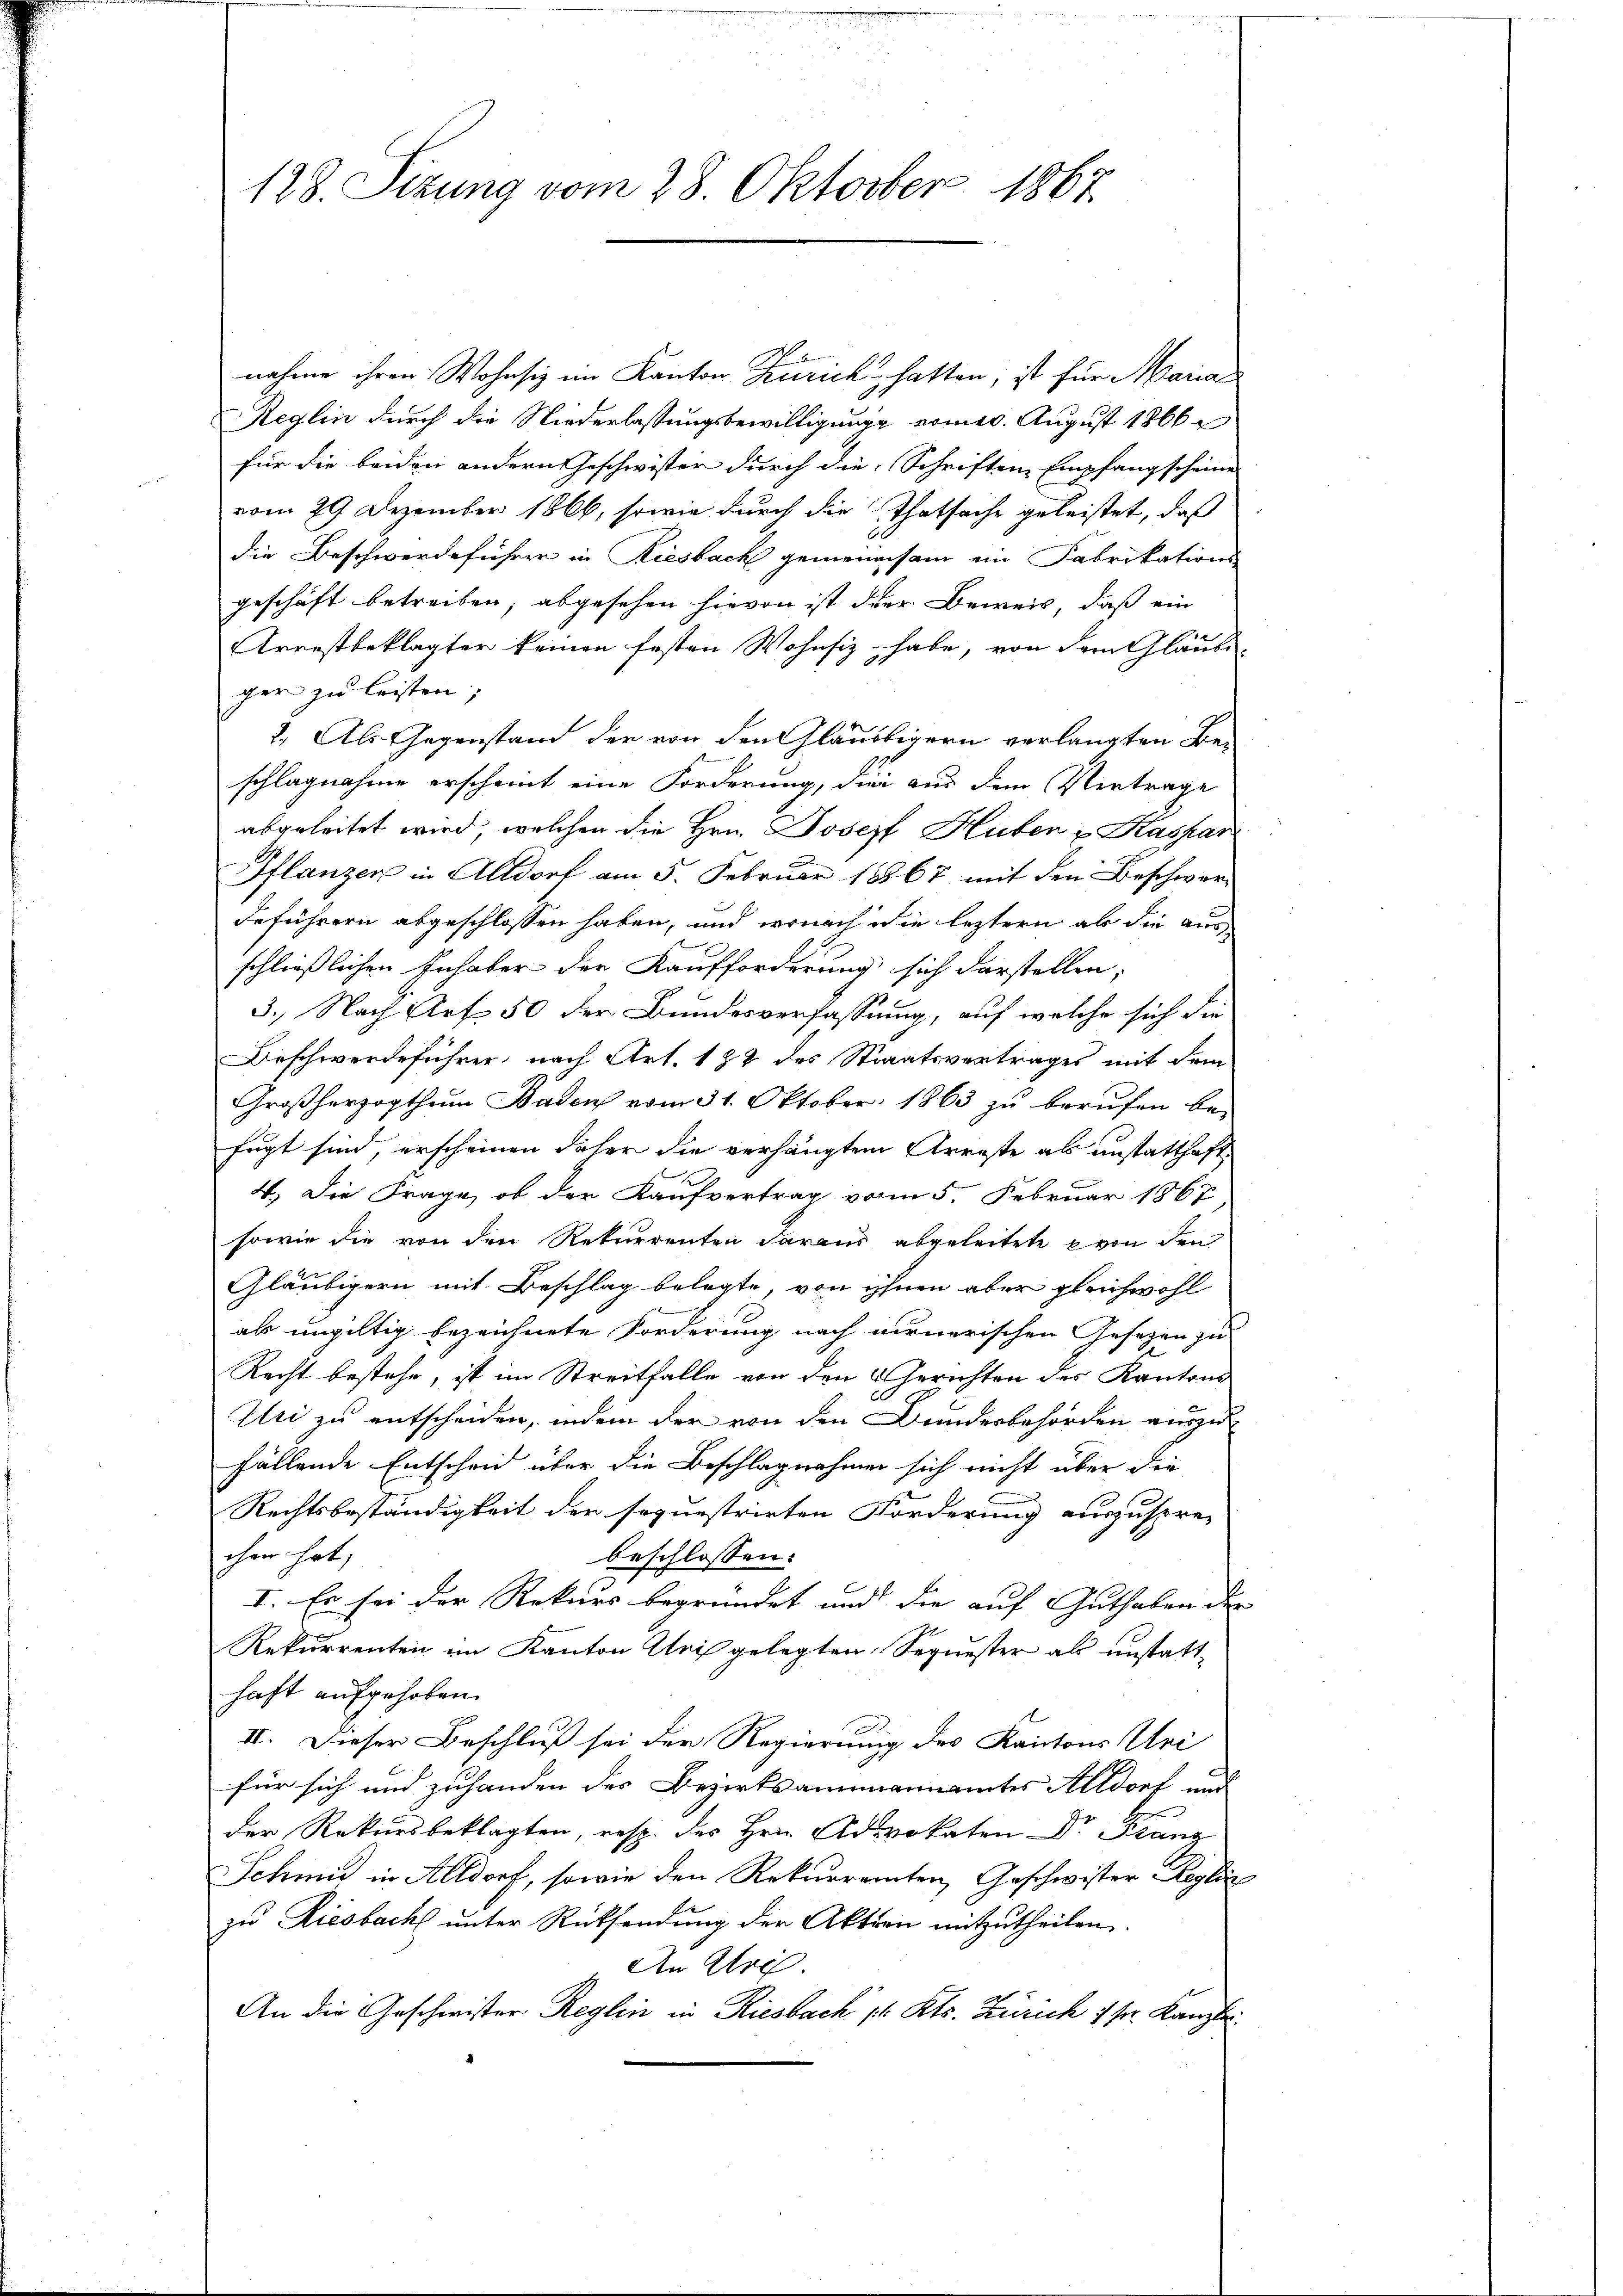
128. Sitzung vom 28. Oktober 1867

nahme ihren Wohnsiz im Kanton Zürich hatten, ist für Maria
Reglin durch die Niederlassungsbewilligung vome. August 1866
für die beiden andern Geschwister durch die Schriften Empfangscheine
vom 29. Dezember 1866, sowie durch die Thatsache geleistet, daß
die Beschwerdeführer in Riesbach gemeinsam ein Fabrikations-
geschäft betreiben, abgesehen hievon ist der Beweis, daß ein
Arrestbeklagter keinen festen Wohnsiz habe, von dem Glaube
ger zu leisten,
2. Als Gegenstand der von den Gläubigern verlangten Be-
schlagnahme erscheint eine Forderung, die aus dem Vertrage
abgeleitet wird, welchen die Hrn. Joseph Huber u. Kaspar
Pflanzen in Altdorf am 5. Februar 18867 mit den Beschwerdeführern abgeschlossen haben, und wonach die leztern als die ausschließlichen Inhaber der Kaufforderung sich darstellen;
3. Nach Art 50 der Bundesverfassung, auf welche sich die
Beschwerdeführer, nach Art. 182 des Staatsvertrages mit dem
Großherzogthum Baden vom 31. Oktober 1863 zu berufen be-
fügt sind, erscheinen daher die verhängtem Arreste als anstatthaft
4.) Die Frage, ob der Kaufvertrag vom 5. Februar 1867
sowie die von den Rekurrenten daraus abgeleitete von den
Gläubigern mit Beschlag belegte, von ihnen aber gleichwohl
als ungültig bezeichnete Forderung nach vernerischen Gesetzen zu
Recht bestehe, ist im Streitfalle von den Gerichten des Kantons
Uri zu entscheiden, indem der von den Bundesbehörden auszufällende Entscheid über die Beschlagnahmen sich nicht über die
Rechtsbeständigkeit der sequestrirten Forderung auszusprec
che hat,
beschlossen:
x
I. Es sei der Rekurs begründet und die auf Guthaben der
Rekurrenten im Kanton Uri gelegten Sequester als unstatt-
haft aufgehoben.
II. Dieser Beschluß sei der Regierung des Kantons Uni
für sich und zuhanden des Bezirksammannamtes Altdorf und
der Rekursbeklagten, resp. des Hrn. Advokaten Dr. Franz
Schmid in Altdorf, sowie den Rekurrenten Geschwister Regli
zu Riesbach unter Rücksendung der Aktien mitzutheilen.
An Art.
An die Geschwister Reglin in Riesbach 1. Kts. Zürich 1 st. Kanzler